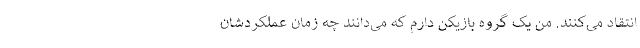
انتقاد می‌کنند. من یک گروه بازیکن دارم که می‌دانند چه زمان عملکردشان